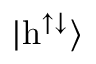
| \mathrm { h } ^ { \uparrow \downarrow } \rangle